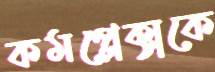
কমপ্লেক্সকে